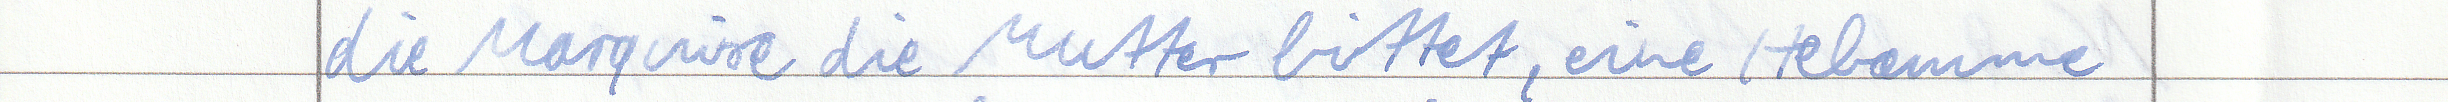
die Marquise die Mutter bittet, eine Hebamme